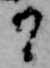
候